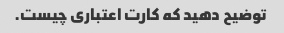
توضیح دهید که کارت اعتباری چیست.